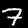
Digit: 7